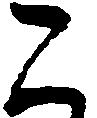
二